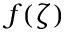
f ( \zeta )